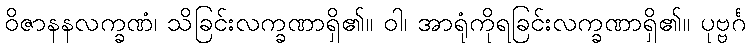
ဝိဇာနနလက္ခဏံ၊ သိခြင်းလက္ခဏာရှိ၏။ ဝါ၊ အာရုံကိုရခြင်းလက္ခဏာရှိ၏။ ပုဗ္ဗင်္ဂ